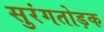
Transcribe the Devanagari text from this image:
सुरंगतोड़क